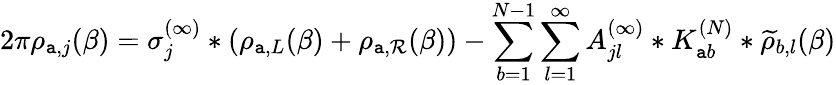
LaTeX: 2\pi{\rho}_{\mathtt{a},j}(\beta)=\sigma_{j}^{(\infty)}*(\rho_{\mathtt{a},L}(\beta)+\rho_{\mathtt{a},\mathcal{R}}(\beta))-\sum_{b=1}^{N-1}\sum_{l=1}^{\infty}A_{jl}^{(\infty)}*K_{\mathtt{a}b}^{(N)}*\widetilde{\rho}_{b,l}(\beta)